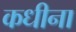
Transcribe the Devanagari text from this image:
कधीना